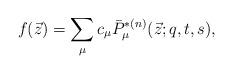
LaTeX: \begin{gather*}f(\vec{z}) = \sum_\mu c_\mu \bar{P}^{*(n)}_\mu(\vec{z};q,t,s),\end{gather*}